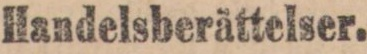
Handelsberättelser.